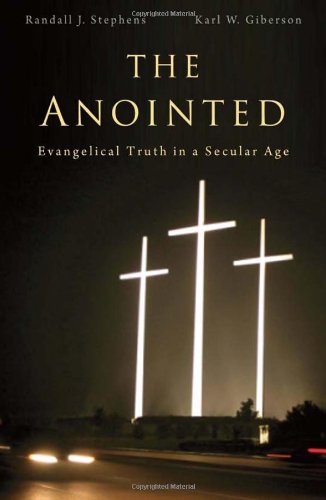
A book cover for The Anointed: Evangelical Truth in a Secular Age; Randall J. Stephens; Christian Books & Bibles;